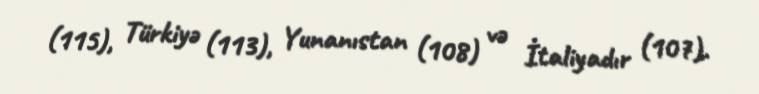
(115), Türkiyə (113), Yunanıstan (108) və İtaliyadır (107).